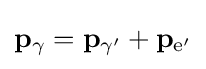
\mathbf {p} _{\gamma }=\mathbf {p} _{\gamma '}+\mathbf {p} _{{\text{e}}'}